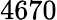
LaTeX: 4670